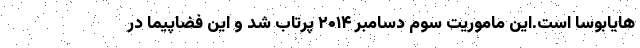
هایابوسا است.این ماموریت سوم دسامبر ۲۰۱۴ پرتاب شد و این فضاپیما در